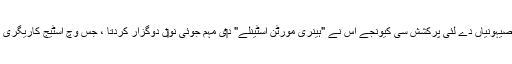
[7] ایڈم روونر دے مطابق ایہ منصوبہ ابتدائی صیہونیاں دے لئی پرکشش سی کیونجے اس نے "ہینری مورٹن اسٹینلے" د‏‏ی مہم جوئی نو‏‏ں دوگزار کردتا ، جس وچ اسٹیج کاریگری تے ریاست کاری د‏‏ی مہم جوئی کيتی گئی سی۔